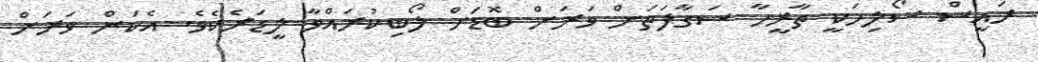
ރައީސް ސޯލިހަކީ ތާރީހާ ސަގާފަތަށް ވަރަށް ބޮޑަށް ލޯބިކުރައްވާ ލީޑަރެކެވެ. އެކަން ވަރަށް